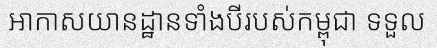
អាកាសយានដ្ឋានទាំងបីរបស់កម្ពុជា ទទួល